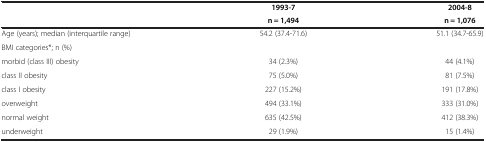
<table><thead><tr><td>[EMPTY_CELL]</td><td><b>1993-7</b></td><td><b>2004-8</b></td></tr><tr><td>[EMPTY_CELL]</td><td><b>n = 1,494</b></td><td><b>n = 1,076</b></td></tr></thead><tbody><tr><td>Age (years); median (interquartile range)</td><td>54.2 (37.4-71.6)</td><td>51.1 (34.7-65.9)</td></tr><tr><td>BMI categories*; n (%)</td><td>[EMPTY_CELL]</td><td>[EMPTY_CELL]</td></tr><tr><td>morbid (class III) obesity</td><td>34 (2.3%)</td><td>44 (4.1%)</td></tr><tr><td>class II obesity</td><td>75 (5.0%)</td><td>81 (7.5%)</td></tr><tr><td>class I obesity</td><td>227 (15.2%)</td><td>191 (17.8%)</td></tr><tr><td>overweight</td><td>494 (33.1%)</td><td>333 (31.0%)</td></tr><tr><td>normal weight</td><td>635 (42.5%)</td><td>412 (38.3%)</td></tr><tr><td>underweight</td><td>29 (1.9%)</td><td>15 (1.4%)</td></tr></tbody></table>